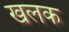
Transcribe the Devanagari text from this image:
खलक